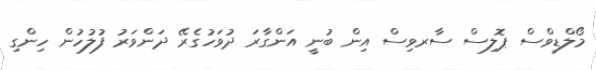
މޯލްޑިވްސް ޕޮލިސް ސާރވިސް އިން ބުނީ އަންގާރަ ދުވަހުގެރޭ ދަންވަރު ފުލުހުން ހިންގި